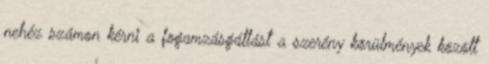
nehéz számon kérni a fogamzásgátlást a szerény körülmények között